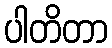
ပါတိတာ